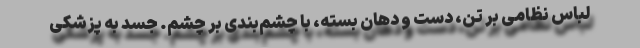
لباس نظامی بر تن، دست و دهان بسته، با چشم‌بندی بر چشم. جسد به پزشکی